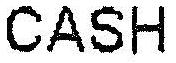
CASH